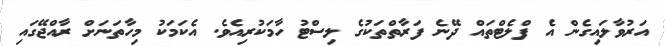
އަރުވާލައިގެން އެ ފްލެޓްތައް ދޭނެ ފަރާތްތަކުގެ ލިސްޓު ހާމަކުރިއެވެ. އެކަމަކު މިހާތަނަށް ރާއްޖޭގައި